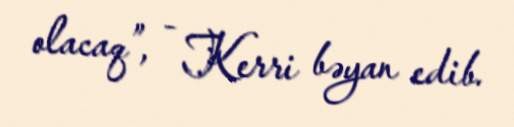
olacaq”, - Kerri bəyan edib.